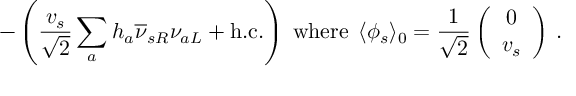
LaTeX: - \left( \frac { v _ { s } } { \sqrt { 2 } } \sum _ { a } h _ { a } \overline { { { \nu } } } _ { s R } \nu _ { a L } + \mathrm { h . c . } \right) \; \mathrm { w h e r e } \; \, \langle \phi _ { s } \rangle _ { 0 } = \frac { 1 } { \sqrt { 2 } } \left( \begin{array} { c } { { 0 } } \\ { { v _ { s } } } \end{array} \right) \, .